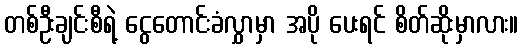
တစ်ဦးချင်းစီရဲ့ ငွေတောင်းခံလွှာမှာ အပို ပေးရင် စိတ်ဆိုးမှာလား။